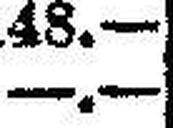
—.—